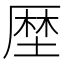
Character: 𠪖